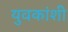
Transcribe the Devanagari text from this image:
युवकांशी